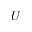
U